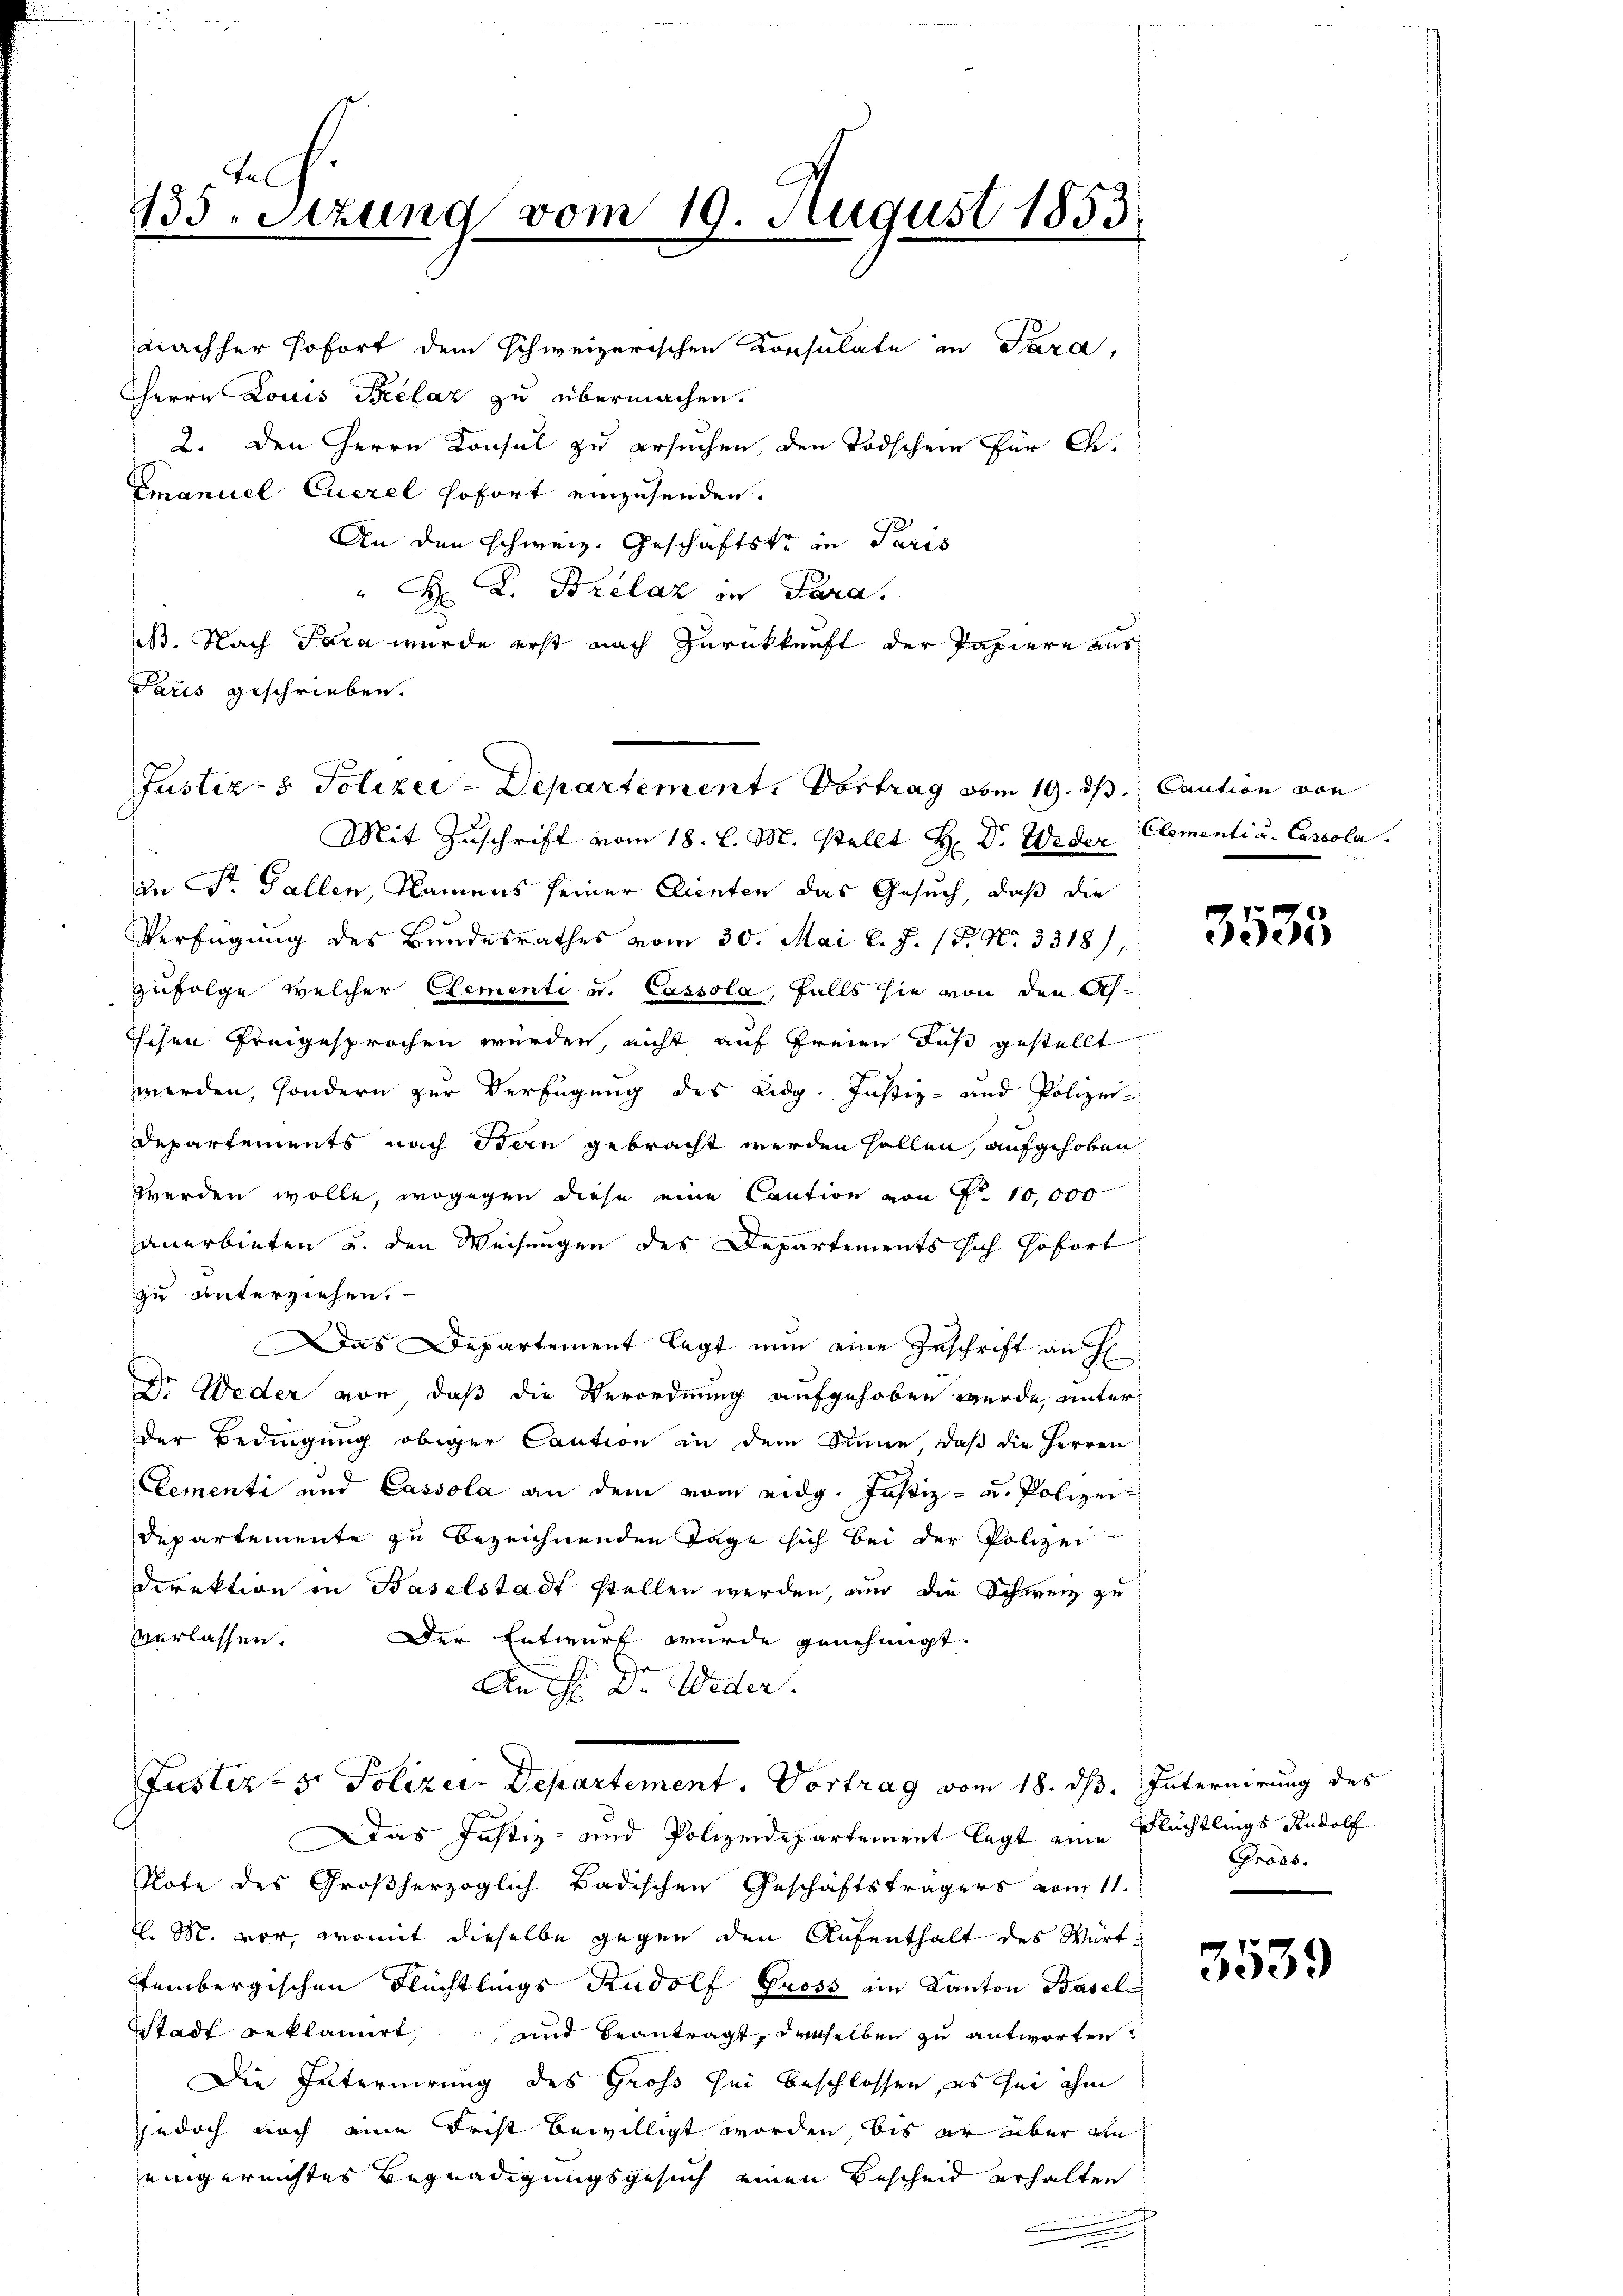
Tel
135 Stzung vom 19. August 1853.

nachher sofort dem schweizerischen Konsulate in Sara,
HHerrn Louis Brelaz zu übermachen.
2. Den Herrn Konsul zu ersuchen, den Todschen für Ge¬
Emanuel Euerel sofort einzusenden.
An den Schweiz. Geschäftstr in Paris
"H L. Brelaz in Para.
B. Nach Fara wurde erst nach Zurückkunft der Papiere aus¬
Paris geschrieben.
Mit Zuschrift vom 18. l. M. stellt H: Dr. Weder Clementi u. Cascola.
in St. Gallen, Namens seiner Clienten das Gesuch, daß die
Verfügung des Bundesrathes vom 30. Mai l. J. (T. N. 3318),
zufolge welcher Elementi u. Cassola, falls sie von den As¬
Eisen freigesprochen würden, nicht auf Freien das gestellt
werden, sondern zur Verfügung des eidg. Justiz- und Polizei-
Departements nach Stern gebracht werden sollen, aufgehoben
werden wolle, wogegen diese eine Caution von Fr. 10,000
anerbieten u. den Weisungen des Departements sich sofort
zu unterziehen.
Das Departement legt nun eine Zuschrift an H
Dr. Weder vor, daß die Verordnung aufgehoben wurde, unter
Der Bedingung obiger Caution in dem Sinne, daß die Herren
Clementi und Cassola an dem vom eidg. Justiz- u. Polizei-
Departemente zu bezeichnenden Tage sich bei der Polizei
Direktion in Baselstadt stellen werden, und die Schweiz zu
verlassen.
Der Entwurf wurde genehmigt.
An Hr. Dr. Weder.
Justiz- sr Polizei-Departement. Vortrag vom 18. dß. Internirung des

Justiz- & Polizer-Departement. Vortrag vom 19. ds. Caution von

as Justiz- und Polizeidepartement legt eine Flüchtlings Rudolf
Pote des Großherzoglich Badischen Geschäftsträgers vom 11.
v. M. vor, womit dieselbe gegen den Aufenthalt des Würt¬
Itembergischen Flüchtlings Rudolf Gross im Kanton Basel-
Stadt beklamirt, und beantragt, derselben zu antworten
Die Internirung des Groß sei beschlossen, es sei ihm
jjedoch noch eine Frist bewilligt worden, bis er aber an
eingereichtes Begnadigungsgesuch einen Bescheid erhalten

3535

Gross.

3539